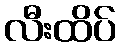
လီးထိပ်